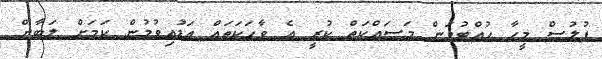
ފުލުސް މީހާ ހުއްޓުވަން މަސައްކަތް ކުރީ އެ ވާހަކަތައް އަޑުއިވުމުން ކަމަށް ލަބާން